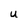
Character: U